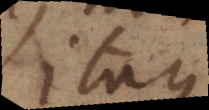
Itaque